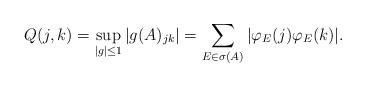
LaTeX: \begin{align*} Q(j,k) = \sup_{|g|\le 1} |g(A)_{jk}| = \sum_{E\in \sigma(A)} |\varphi_E(j) \varphi_E(k)|.\end{align*}